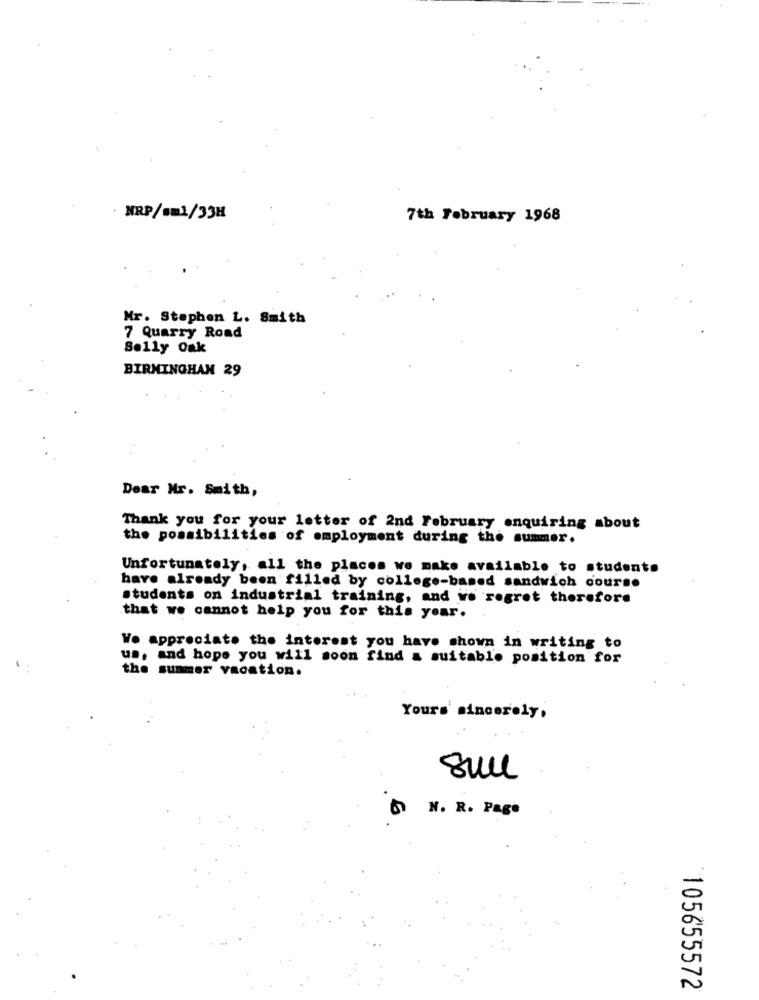
NRP/sm1/33H
7th February 1968
Mr. Stephen L. Smith
7 Quarry Road
Sally Oak
BIRMINGHAM 29
Dear Mr. Smith,
Thank you for your letter of 2nd February enquiring about
the possibilities of employment during the summer.
Unfortunately, all the places we make available to students
have already been filled by college-based sandwich cours.
students on industrial training, and we regret therefore
that we cannot help you for this year.
We appreciate the interest you have shown in writing to
us, and hope you will soon find a suitable position for
the summer vacation.
Yours sincerely,
N. R. Page
105655572